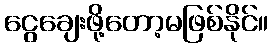
ငွေချေးဖို့တော့မဖြစ်နိုင်။